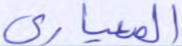
المعياري